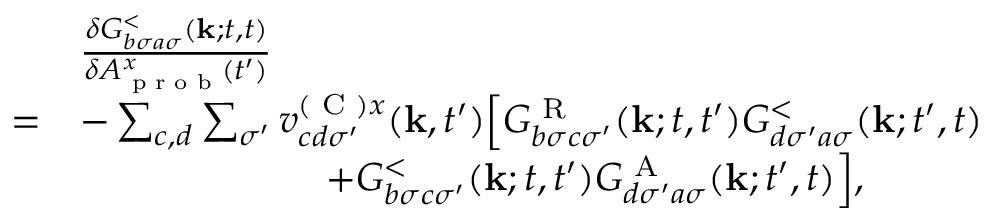
\begin{array} { r l } & { \frac { \delta G _ { b \sigma a \sigma } ^ { < } ( \mathbf { k } ; t , t ) } { \delta A _ { \textrm { p r o b } } ^ { x } ( t ^ { \prime } ) } } \\ { = } & { - \sum _ { c , d } \sum _ { \sigma ^ { \prime } } v _ { c d \sigma ^ { \prime } } ^ { ( \textrm { C } ) x } ( \mathbf { k } , t ^ { \prime } ) \Bigl [ G _ { b \sigma c \sigma ^ { \prime } } ^ { \textrm { R } } ( \mathbf { k } ; t , t ^ { \prime } ) G _ { d \sigma ^ { \prime } a \sigma } ^ { < } ( \mathbf { k } ; t ^ { \prime } , t ) } \\ & { \ \ \ \ \ \ \ \ \ \ \ \ \ \ \ \ \ \ \ + G _ { b \sigma c \sigma ^ { \prime } } ^ { < } ( \mathbf { k } ; t , t ^ { \prime } ) G _ { d \sigma ^ { \prime } a \sigma } ^ { \textrm { A } } ( \mathbf { k } ; t ^ { \prime } , t ) \Bigr ] , } \end{array}